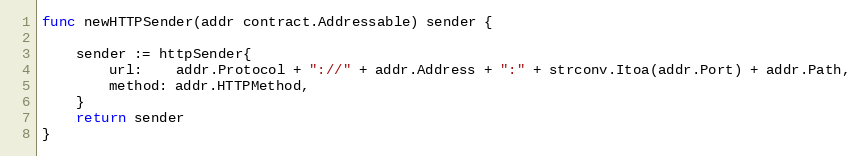
Language: Go
func newHTTPSender(addr contract.Addressable) sender {

	sender := httpSender{
		url:    addr.Protocol + "://" + addr.Address + ":" + strconv.Itoa(addr.Port) + addr.Path,
		method: addr.HTTPMethod,
	}
	return sender
}